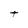
Character: t